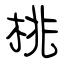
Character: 桃